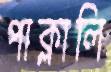
পাক্‌লালি